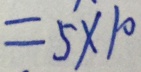
= 5 \times 1 0